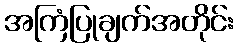
အကြံပြုချက်အတိုင်း